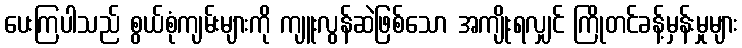
ပေးကြပါသည် စွယ်စုံကျမ်းများကို ကျူးလွန်ဆဲဖြစ်သော အကျိုးရလျှင် ကြိုတင်ခန့်မှန်းမှုများ